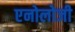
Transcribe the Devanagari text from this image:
एनोलोजी